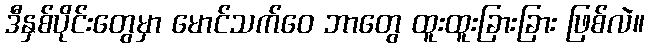
ဒီနှစ်ပိုင်းတွေမှာ မောင်သက်ဝေ ဘာတွေ ထူးထူးခြားခြား ဖြစ်လဲ။